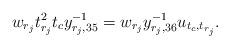
LaTeX: \begin{align*}w_{r_j}t_{r_j}^2t_cy_{r_{j},35}^{-1}= w_{r_j}y_{r_{j},36}^{-1}u_{t_c,t_{r_j}}.\end{align*}